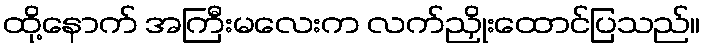
ထို့နောက် အကြီးမလေးက လက်ညှိုးထောင်ပြသည်။